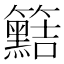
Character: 𥷫